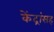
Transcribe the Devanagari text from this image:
केंद्रांसह